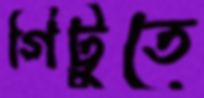
গিট্টুতে